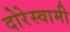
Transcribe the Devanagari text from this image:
दोरेस्वामी